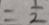
= \frac { 1 } { 2 }